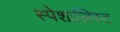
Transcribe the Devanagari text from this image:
स्पेशालिस्ट